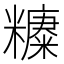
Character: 𱹧